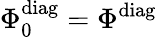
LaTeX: \Phi_{0}^{\mathrm{diag}}=\Phi^{\mathrm{diag}}\;